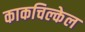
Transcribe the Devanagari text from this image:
काकचिल्केल